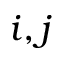
i , j